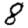
Digit: 8